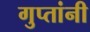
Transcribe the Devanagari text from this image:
गुप्तांनी